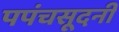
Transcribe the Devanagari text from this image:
पपंचसूदनी